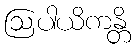
ဩပါယိကန္တိ